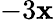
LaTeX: -3\mathbf{x}